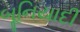
બૂનિયાદી